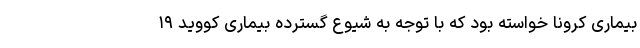
بیماری کرونا خواسته بود که با توجه به شیوع گسترده بیماری کووید ۱۹